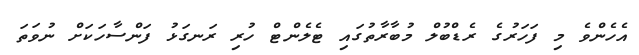
އެހެންވެ މި ފަހަރުގެ ރެޑްބުލް މުބާރާތުގައި ޓެލެންޓް ހުރި ރަނގަޅު ފަންސާހަކަށް ނުވަތަ